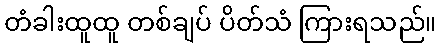
တံခါးထူထူ တစ်ချပ် ပိတ်သံ ကြားရသည်။